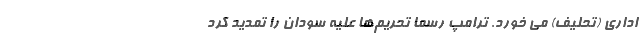
اداری (تحلیف) می خورد. ترامپ رسما تحریم‌ها علیه سودان را تمدید کرد